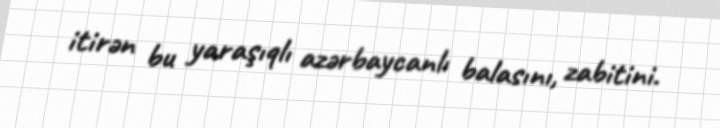
itirən bu yaraşıqlı azərbaycanlı balasını, zabitini.